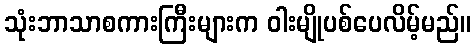
သုံးဘာသာစကားကြီးများက ဝါးမျိုပစ်ပေလိမ့်မည်။